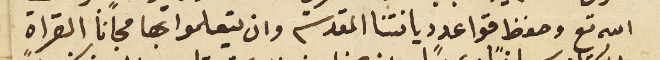
الله تع وحفظ قواعد ديانتنا المقدسة وان يتعلموا بها مجانًا القراة